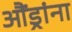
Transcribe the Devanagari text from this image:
औंड्रांना